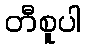
တီစူပါ